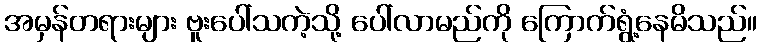
အမှန်တရားများ ဗူးပေါ်သကဲ့သို့ ပေါ်လာမည်ကို ကြောက်ရွံ့နေမိသည်။